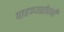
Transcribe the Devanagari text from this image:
पाहण्याऐवजी